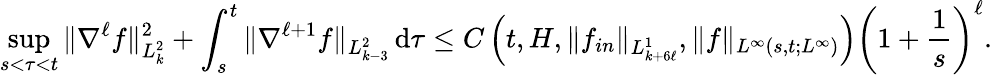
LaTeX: \operatorname*{sup}_{s<\tau<t}\| \nabla^{\ell}f\| _{L_{k}^{2}}^{2}+\int_{s}^{t}\| \nabla^{\ell+1}f\| _{L_{k-3}^{2}}\, \mathrm{d}\tau\le C\left(t,H,\| f_{in}\| _{L_{k+6\ell}^{1}},\| f\| _{L^{\infty}(s,t;L^{\infty})}\right)\left(1+\frac{1}{s}\right)^{\ell}.